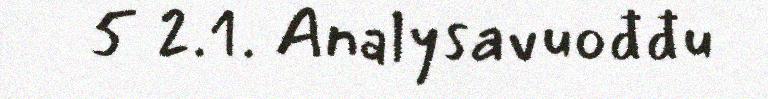
5 2.1. Analysavuođđu